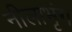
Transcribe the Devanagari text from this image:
नीलाभृंग